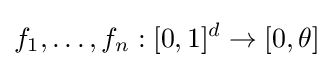
f_{1},\dots ,f_{n}:[0,1]^{d}\rightarrow [0,\theta ]